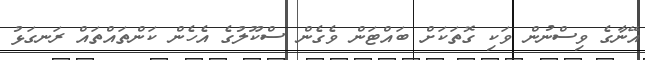
އޭނާގެ ވިސްނުން ވަކި ގޮތަކަށް ބައްޓަން ވެގެން ސްކޫލުގެ އެހެން ކަންތައްތައް ރަނގަޅު